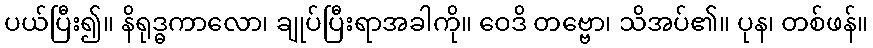
ပယ်ပြီး၍။ နိရုဒ္ဓကာလော၊ ချုပ်ပြီးရာအခါကို။ ဝေဒိ တဗ္ဗော၊ သိအပ်၏။ ပုန၊ တစ်ဖန်။